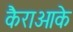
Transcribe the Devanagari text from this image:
कैराओके